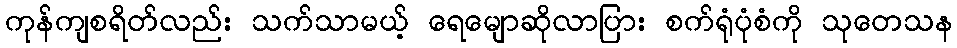
ကုန်ကျစရိတ်လည်း သက်သာမယ့် ရေမျောဆိုလာပြား စက်ရုံပုံစံကို သုတေသန